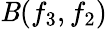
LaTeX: \mathit{B}(f_{3},f_{2})